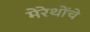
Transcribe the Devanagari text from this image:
मेरेथोंचे